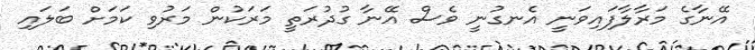
އޭނާގެ މަރާލާފައިވަނީ އެނގުނީ ވެސް އޭނާ ގުދުރަތީ މަރަކުން މަރުވި ކަމަށް ބަލައި